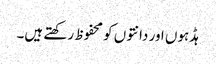
ہڈہوں اور دانتوں کو محفوظ رکھتے ہیں۔